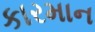
કારમાન